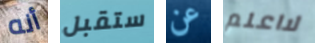
أنه ستقبل عن لااعلم